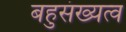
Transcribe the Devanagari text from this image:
बहुसंख्यत्व